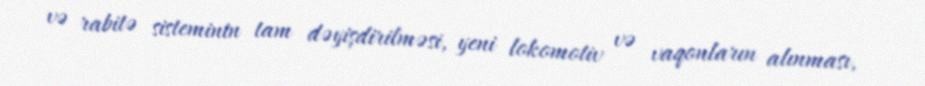
və rabitə sisteminin tam dəyişdirilməsi, yeni lokomotiv və vaqonların alınması,